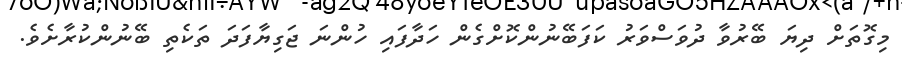
މިގޮތަށް ދިޔަ ބޭރުވާ ދުވަސްވަރު ކަފަބޭނުންކޮށްގެން ހަދާފައި ހުންނަ ޖަގިޔާފަދަ ތަކެތި ބޭނުންކުރާށެވެ.